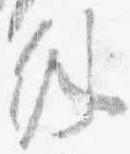
外